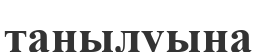
танылуына